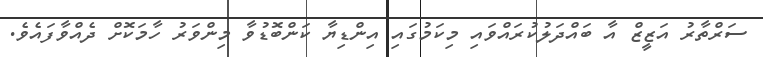
ސަރްތާރު އަޒީޒް އާ ބައްދަލުކުރައްވައި މިކަމުގައި އިންޑިޔާ ކަންބޮޑުވާ މިންވަރު ހާމަކޮށް ދެއްވާފައެވެ.